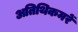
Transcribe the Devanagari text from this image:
अतिथिकमरें